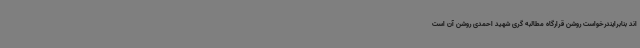
اند بنابرایندرخواست روشن قرارگاه مطالبه گری شهید احمدی روشن آن است